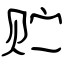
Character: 贮